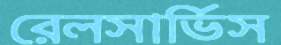
রেলসার্ভিস